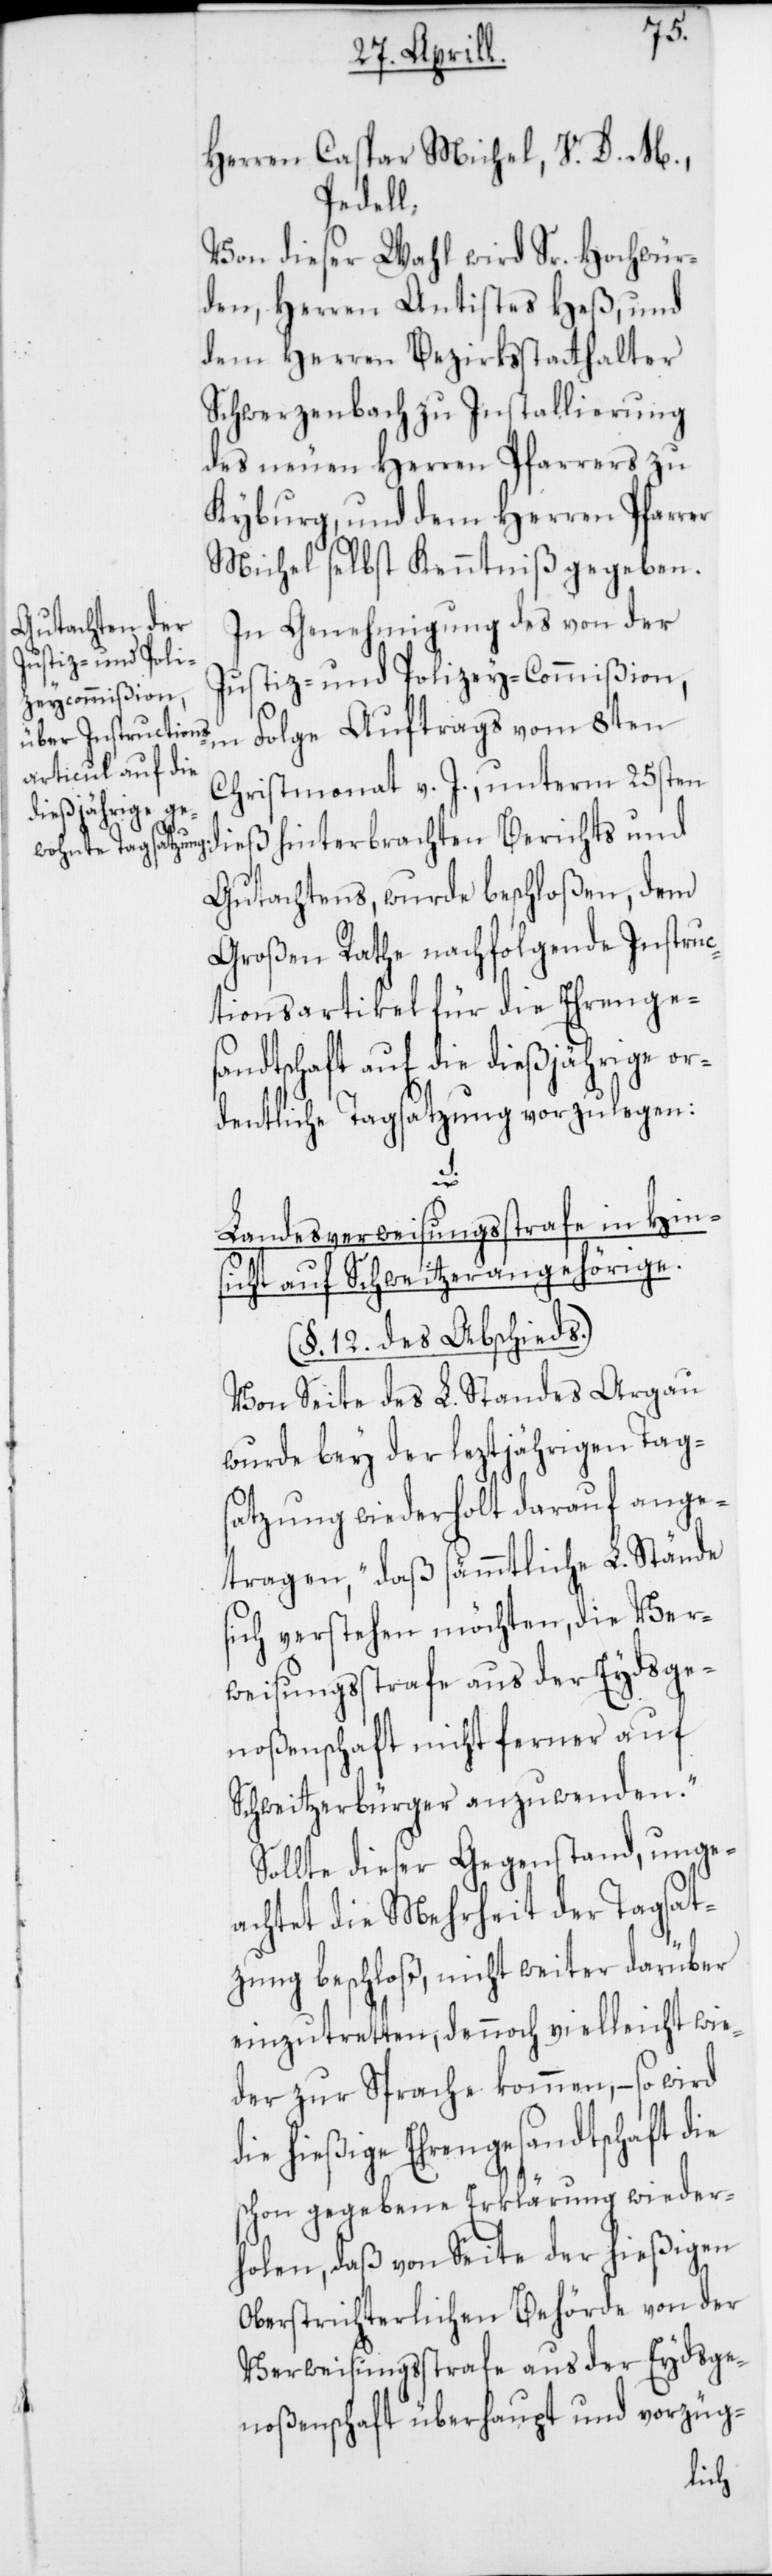
Herren Caspar Michel, V. D. M.,
Pedell.
Von dieser Wahl wird Sr. Hochwür¬
den, Herren Antistes Heß, und
dem Herren Bezirksstatthalter
Schwerzenbach zu Installierung
des neuen Herren Pfarrers zu
Kyburg, und dem Herren Pfarr¬
Michel selbst Kenntniß gegeben.
In Genehmigung des von der
Justiz- und Polizey-Commißion,
in Folge Auftrags vom 8ten
Christmonat v. J., unterm 25sten
dieß hinterbrachten Berichts und
Gutachtens, wurde beschloßen, dem
Großen Rathe nachfolgende Instruc¬
tionsartikel für die Ehrenges¬
andtschaft auf die dießjährige or¬
dentliche Tagsatzung vorzulegen:
1.
Landesverweisungsstrafe in Hin¬
sicht auf Schweitzerangehörige.
(§. 12. des Abschieds).
Von Seite des L. Standes Argau
wurde bey der leztjährigen Tag¬
satzung wiederholt darauf ange¬
tragen, „daß sämmtliche L. Stände
sich verstehen möchten, die Ver¬
weisungßtrafe aus der Eydsge¬
noßenschaft nicht ferner auf
Schweitzerbürger anzuwenden.“
Sollte dieser Gegenstand, unge¬
achtet die Mehrheit der Tagsat¬
zung beschloß, nicht weiter darüber
einzutretten, dennoch vielleicht wie¬
der zur Sprache kommen, – so wird
die hießige Ehrengesandtschaft die
schon gegebene Erklärung wieder¬
holen, daß von Seite der hießigen
Oberstrichterlichen Behörde von der
Verweisungßtrafe aus der Eydsge¬
noßenschaft überhaupt und vorzüg-